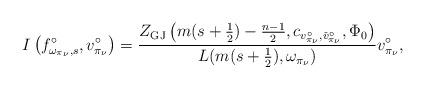
LaTeX: \begin{align*}I\left(f_{\omega_{\pi_\nu},s}^\circ,v_{\pi_{\nu}}^\circ\right)= \frac{Z_{\mathrm{GJ}}\left(m(s+\frac{1}{2})-\frac{n-1}{2},c_{v_{\pi_{\nu}}^\circ,\check{v}_{\pi_{\nu}}^{\circ}},\Phi_0\right)}{L(m(s+\frac{1}{2}),\omega_{\pi_\nu})}v_{\pi_{\nu}}^\circ,\end{align*}